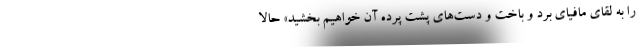
را به لقای مافیای برد و باخت و دست‌های پشت پرده آن خواهیم بخشید» حالا